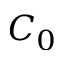
C _ { 0 }